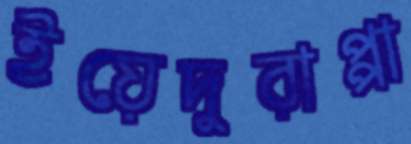
ইয়েদুরাপ্পা